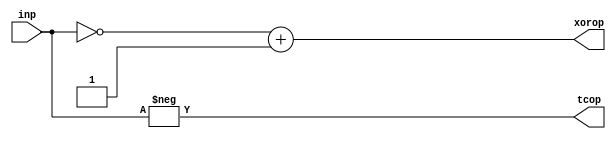
module twoComp(
	input[2:0] inp,
	output[3:0] tcop,
	output[3:0] xorop);

	assign tcop = -inp;
	assign xorop = ~inp + 1'b1; //Invert input array using XOR logic and add 1
endmodule